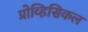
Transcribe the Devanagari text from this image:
प्रोव्हिसिकल